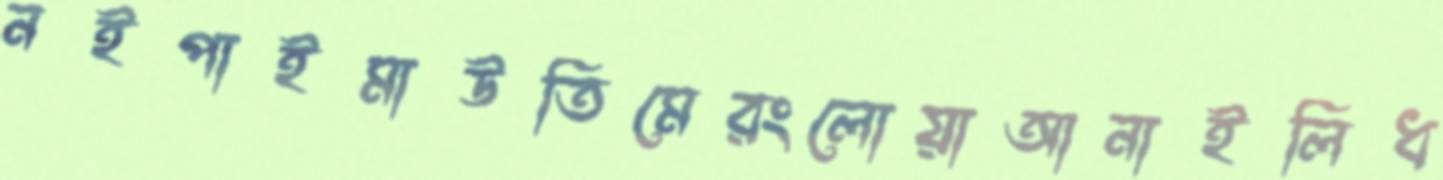
নইপাইমাউতিমেরংলোয়াআনাইলিধ